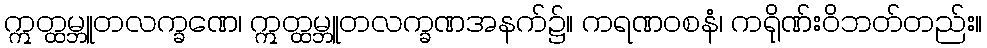
ဣတ္ထမ္ဘူတလက္ခဏေ၊ ဣတ္ထမ္ဘူတလက္ခဏအနက်၌။ ကရဏဝစနံ၊ ကရိုဏ်းဝိဘတ်တည်း။